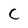
Character: C